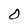
Character: 0